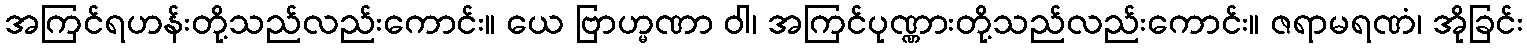
အကြင်ရဟန်းတို့သည်လည်းကောင်း။ ယေ ဗြာဟ္မဏာ ဝါ၊ အကြင်ပုဏ္ဏားတို့သည်လည်းကောင်း။ ဇရာမရဏံ၊ အိုခြင်း